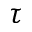
\tau